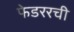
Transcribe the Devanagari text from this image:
फेडररची